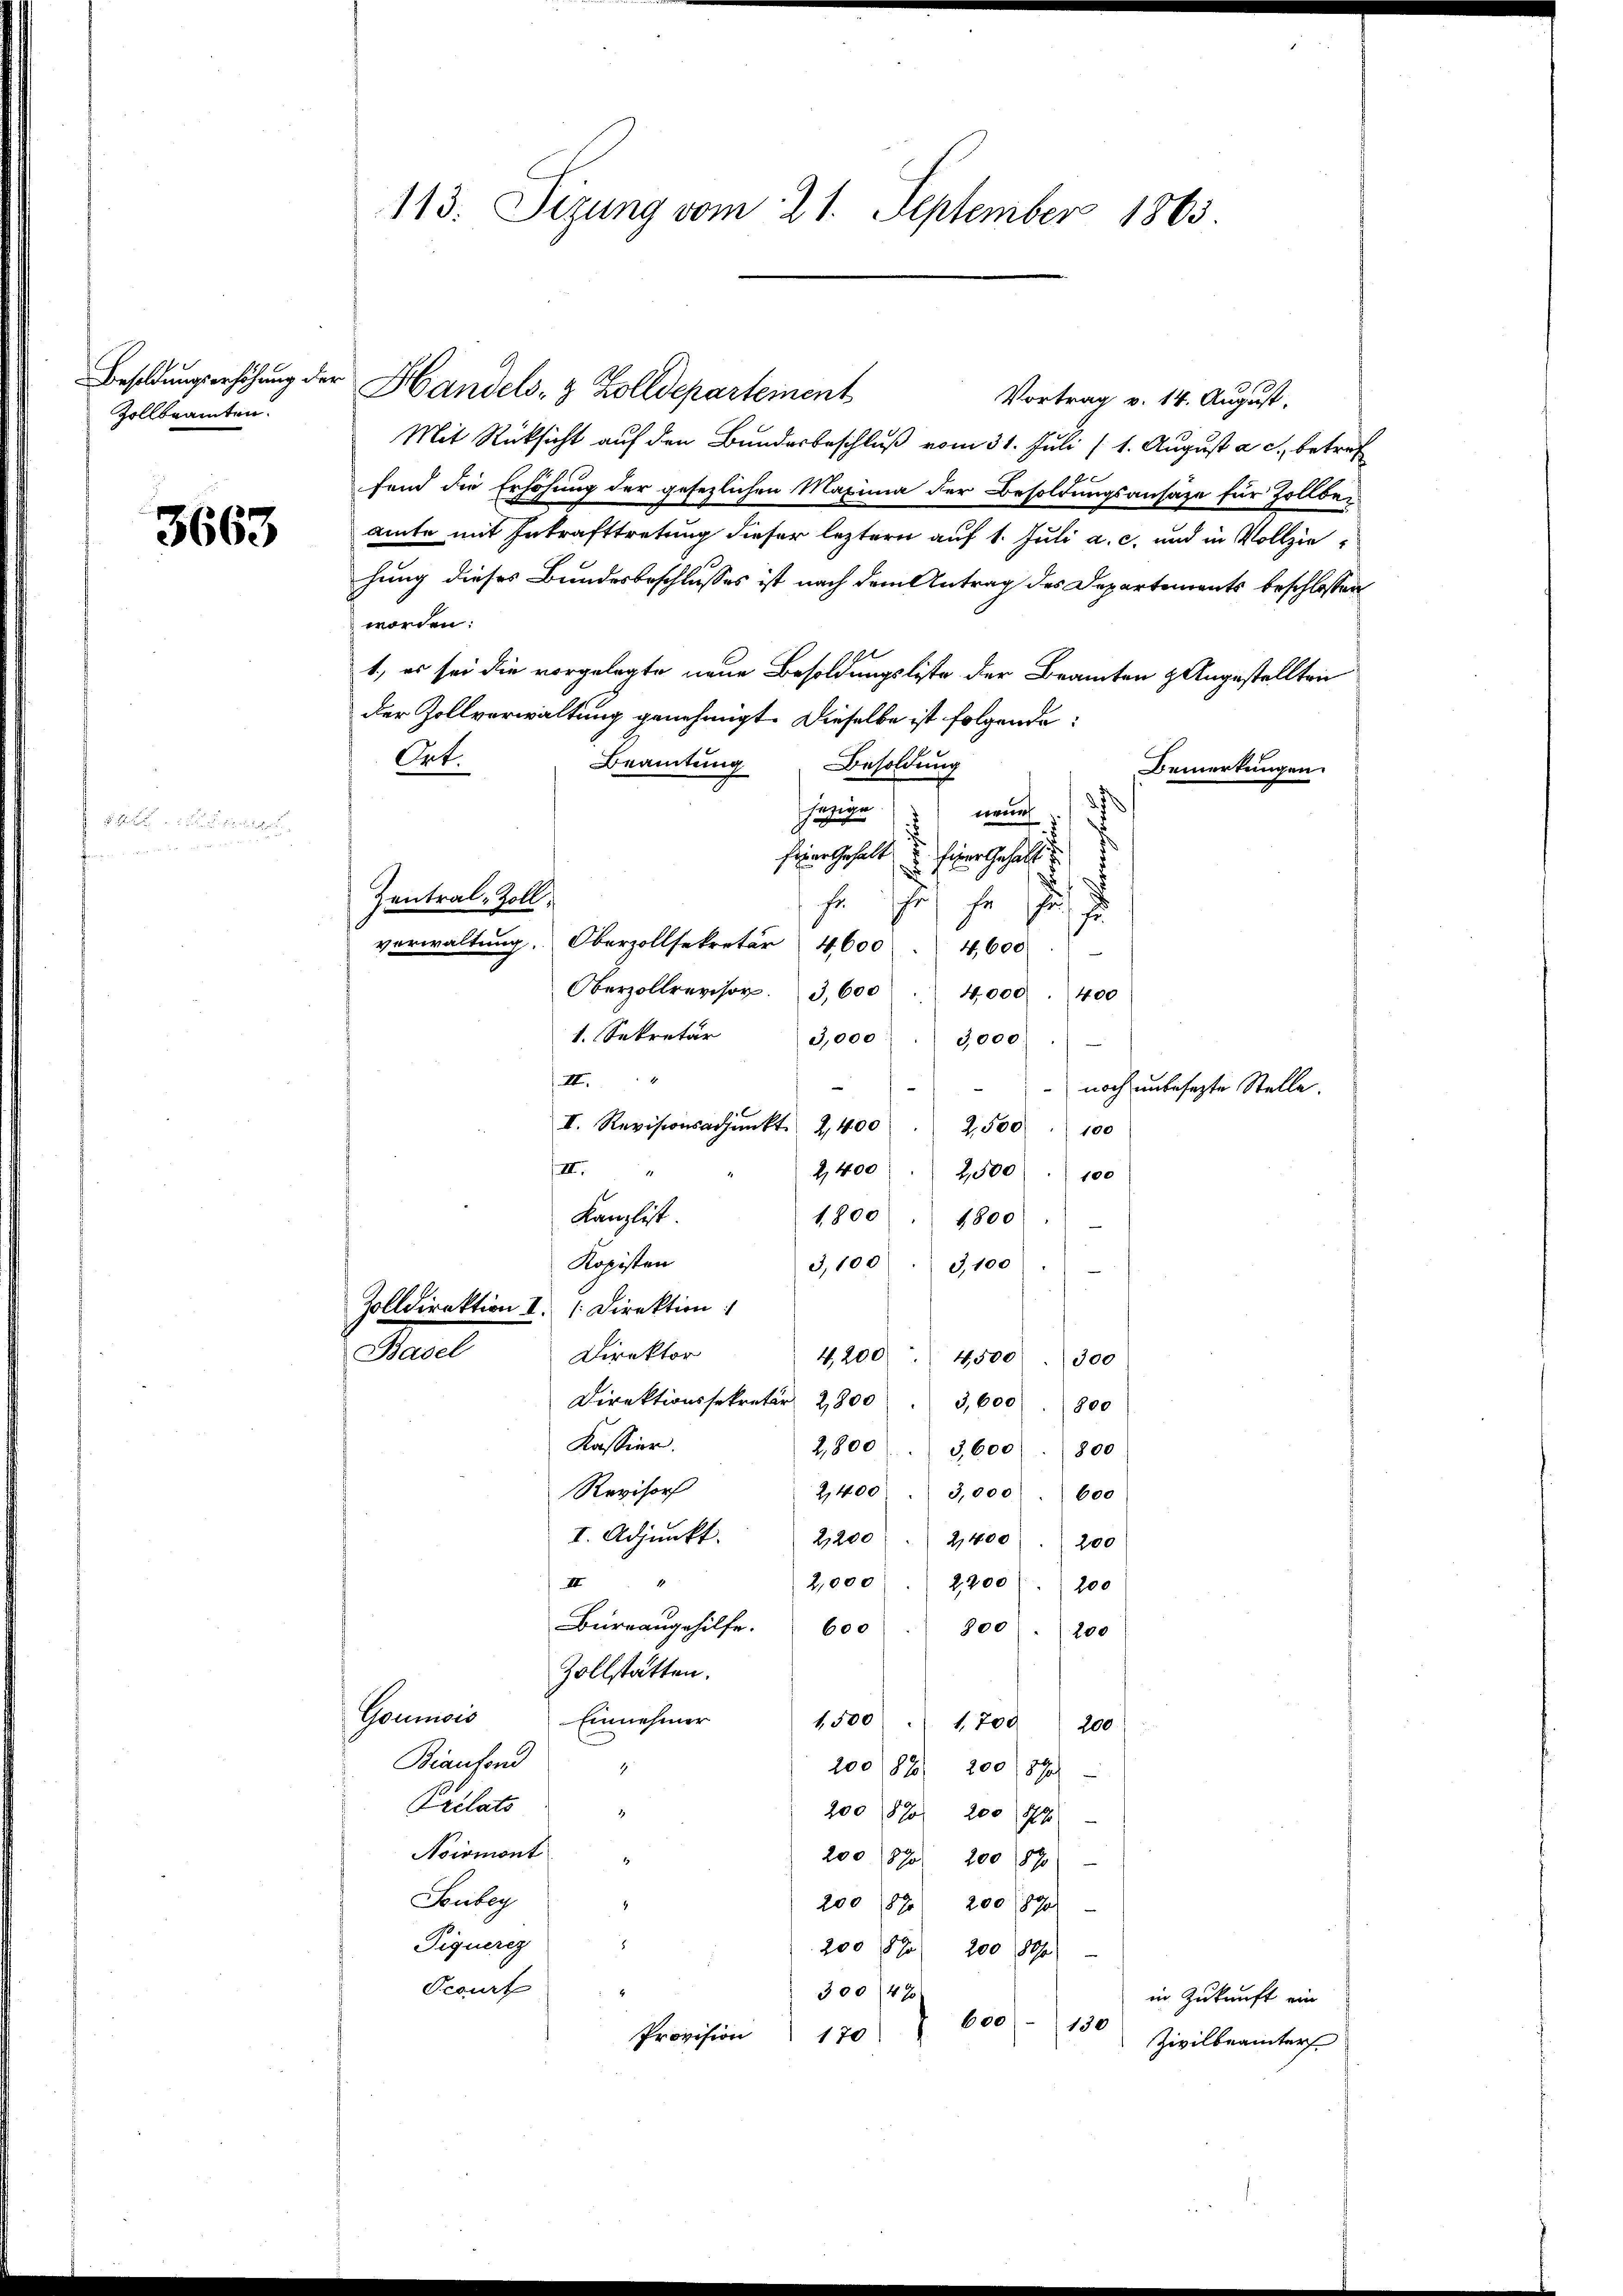
Besoldungserhöhung der
Zollbeamten.

.

3663

e

113. Sizung vom 21. September 1863.

Handels- & Zolldepartement
Vortrag v. 14. August.
Mit Rücksicht auf den Bundesbeschluß vom 31. Juli (1. August a. c., betref
fend die Erhöhung der gesezlichen Maxima der Besoldungsansaze für Zollbeamte mit Inkrafttretung dieser leztern auf 1. Juli a. c. und in Vollziehung dieses Bundesbeschlusses ist nach dem Antrag des Departements beschlossen
worden:
1., es sei die vorgelegte neue Besoldungsliste der Beamten & Angestellten
der Zollverwaltung genehmigt. Dieselbe ist folgende:
Out.
Beamtung Besoldung
Bemerkungen.
/1 nach
u
Einer Gehalt
 Fuchs
Zentral-Zoll:
he ihr ja a
verwaltŭng. Oberzollsekretär 4600 " 4,600.
Oberzollrevisor. 3600. 4000. 400
1. Sekretär 3,000  3,000
II
—
noch unbesezte Stelle.
I. Revisionsadjunkt 2,400
2,500 " 100
III.
2,400
2,500 " 100
Kanzlist
1800
1800
Kopisten
3,100  3,100
¬
Zolldirektion I. [Direktion
Karl Winter
4,200 4500. 300
Direktionssekretär 2800 " 3,600 " 800
Kassier.
2,800  3,600 . 800
Revisor
2,400 " 3,000 . 600
I. Adjunkt. 2200 " 2,400 " 200
u
2,000. 2200) . 200
Büreaŭgehilfe. 600 " 800 " 200
Zollstatten.
Gounisis Einnehmer
1,500 " 1,700 200
Biansond
20082. 200 (870)
Prilats
200 870 200 (14
1
Noirmont
200 (870. 200 870
t
Seubeg
4
200 1890 200 890
Tiquerez
200 f 200 80/0
Perurt
300/42)
in Zukunft ein
600
150
Provision 170
Zivilbeamter